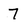
Character: 7